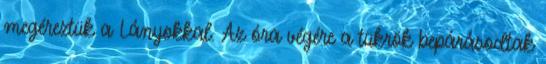
megéreztük a Lányokkal. Az óra végére a tükrök bepárásodtak